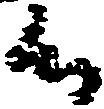
候